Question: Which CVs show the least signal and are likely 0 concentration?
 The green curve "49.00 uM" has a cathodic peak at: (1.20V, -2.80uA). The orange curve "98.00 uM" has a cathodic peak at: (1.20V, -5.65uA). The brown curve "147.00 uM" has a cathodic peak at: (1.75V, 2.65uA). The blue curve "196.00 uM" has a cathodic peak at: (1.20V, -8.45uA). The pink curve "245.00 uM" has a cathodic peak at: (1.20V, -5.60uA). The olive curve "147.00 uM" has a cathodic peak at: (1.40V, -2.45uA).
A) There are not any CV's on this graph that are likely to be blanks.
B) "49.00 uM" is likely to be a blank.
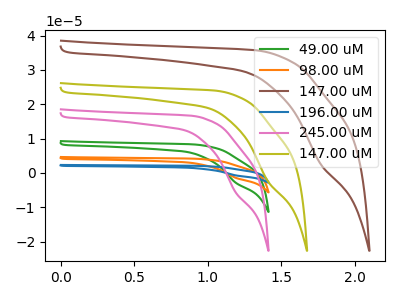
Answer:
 <answer>A) There are not any CV's on this graph that are likely to be blanks.</answer>
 <eval>A</eval>